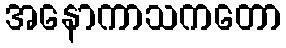
အနောကာသကတော